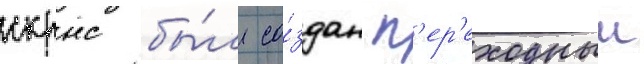
скрнс бы́л со́здан п'ер'еходныи